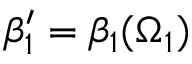
\beta _ { 1 } ^ { \prime } = \beta _ { 1 } ( \Omega _ { 1 } )